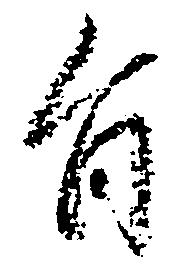
旨